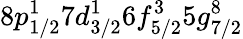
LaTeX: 8p_{1/2}^{1}7d_{3/2}^{1}6f_{5/2}^{3}5g_{7/2}^{8}